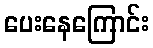
ပေးနေကြောင်း